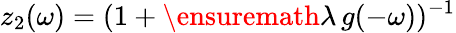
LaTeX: z_{2}(\omega)=(1+\ensuremath{\lambda}\, g(-\omega))^{-1}